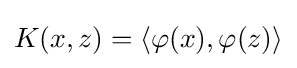
K(x,z)=\langle \varphi (x),\varphi (z)\rangle